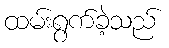
ထမ်းရွက်ခဲ့သည်